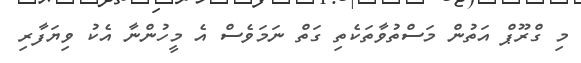
މި ގްރޫޕް އަތުން މަސްތުވާތަކެތި ގަތް ނަމަވެސް އެ މީހުންނާ އެކު ވިޔަފާރި